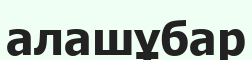
алашұбар